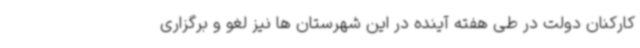
کارکنان دولت در طی هفته آینده در این شهرستان ها نیز لغو و برگزاری